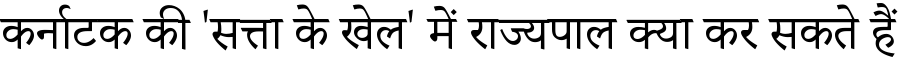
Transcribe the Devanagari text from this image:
कर्नाटक की 'सत्ता के खेल' में राज्यपाल क्या कर सकते हैं